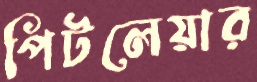
পিটলেয়ার